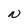
Character: N